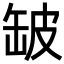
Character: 𮉲